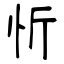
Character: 忻